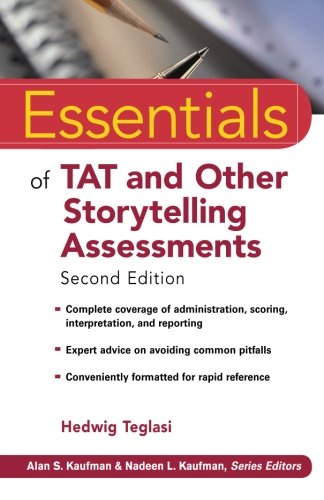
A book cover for Essentials of TAT and Other Storytelling Assessments; Hedwig Teglasi; Health, Fitness & Dieting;